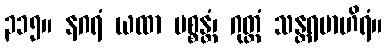
၃၁၅။ နဂရံ ယထာ ပစ္စန္တံ၊ ဂုတ္တံ သန္တရဗာဟိရံ။